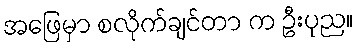
အဖြေမှာ စလိုက်ချင်တာ က ဦးပုည။